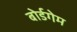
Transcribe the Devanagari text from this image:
बोर्डगेम